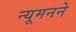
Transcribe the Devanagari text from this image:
न्यूमनने